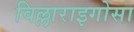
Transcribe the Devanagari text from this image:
विल्लाराइगोसा